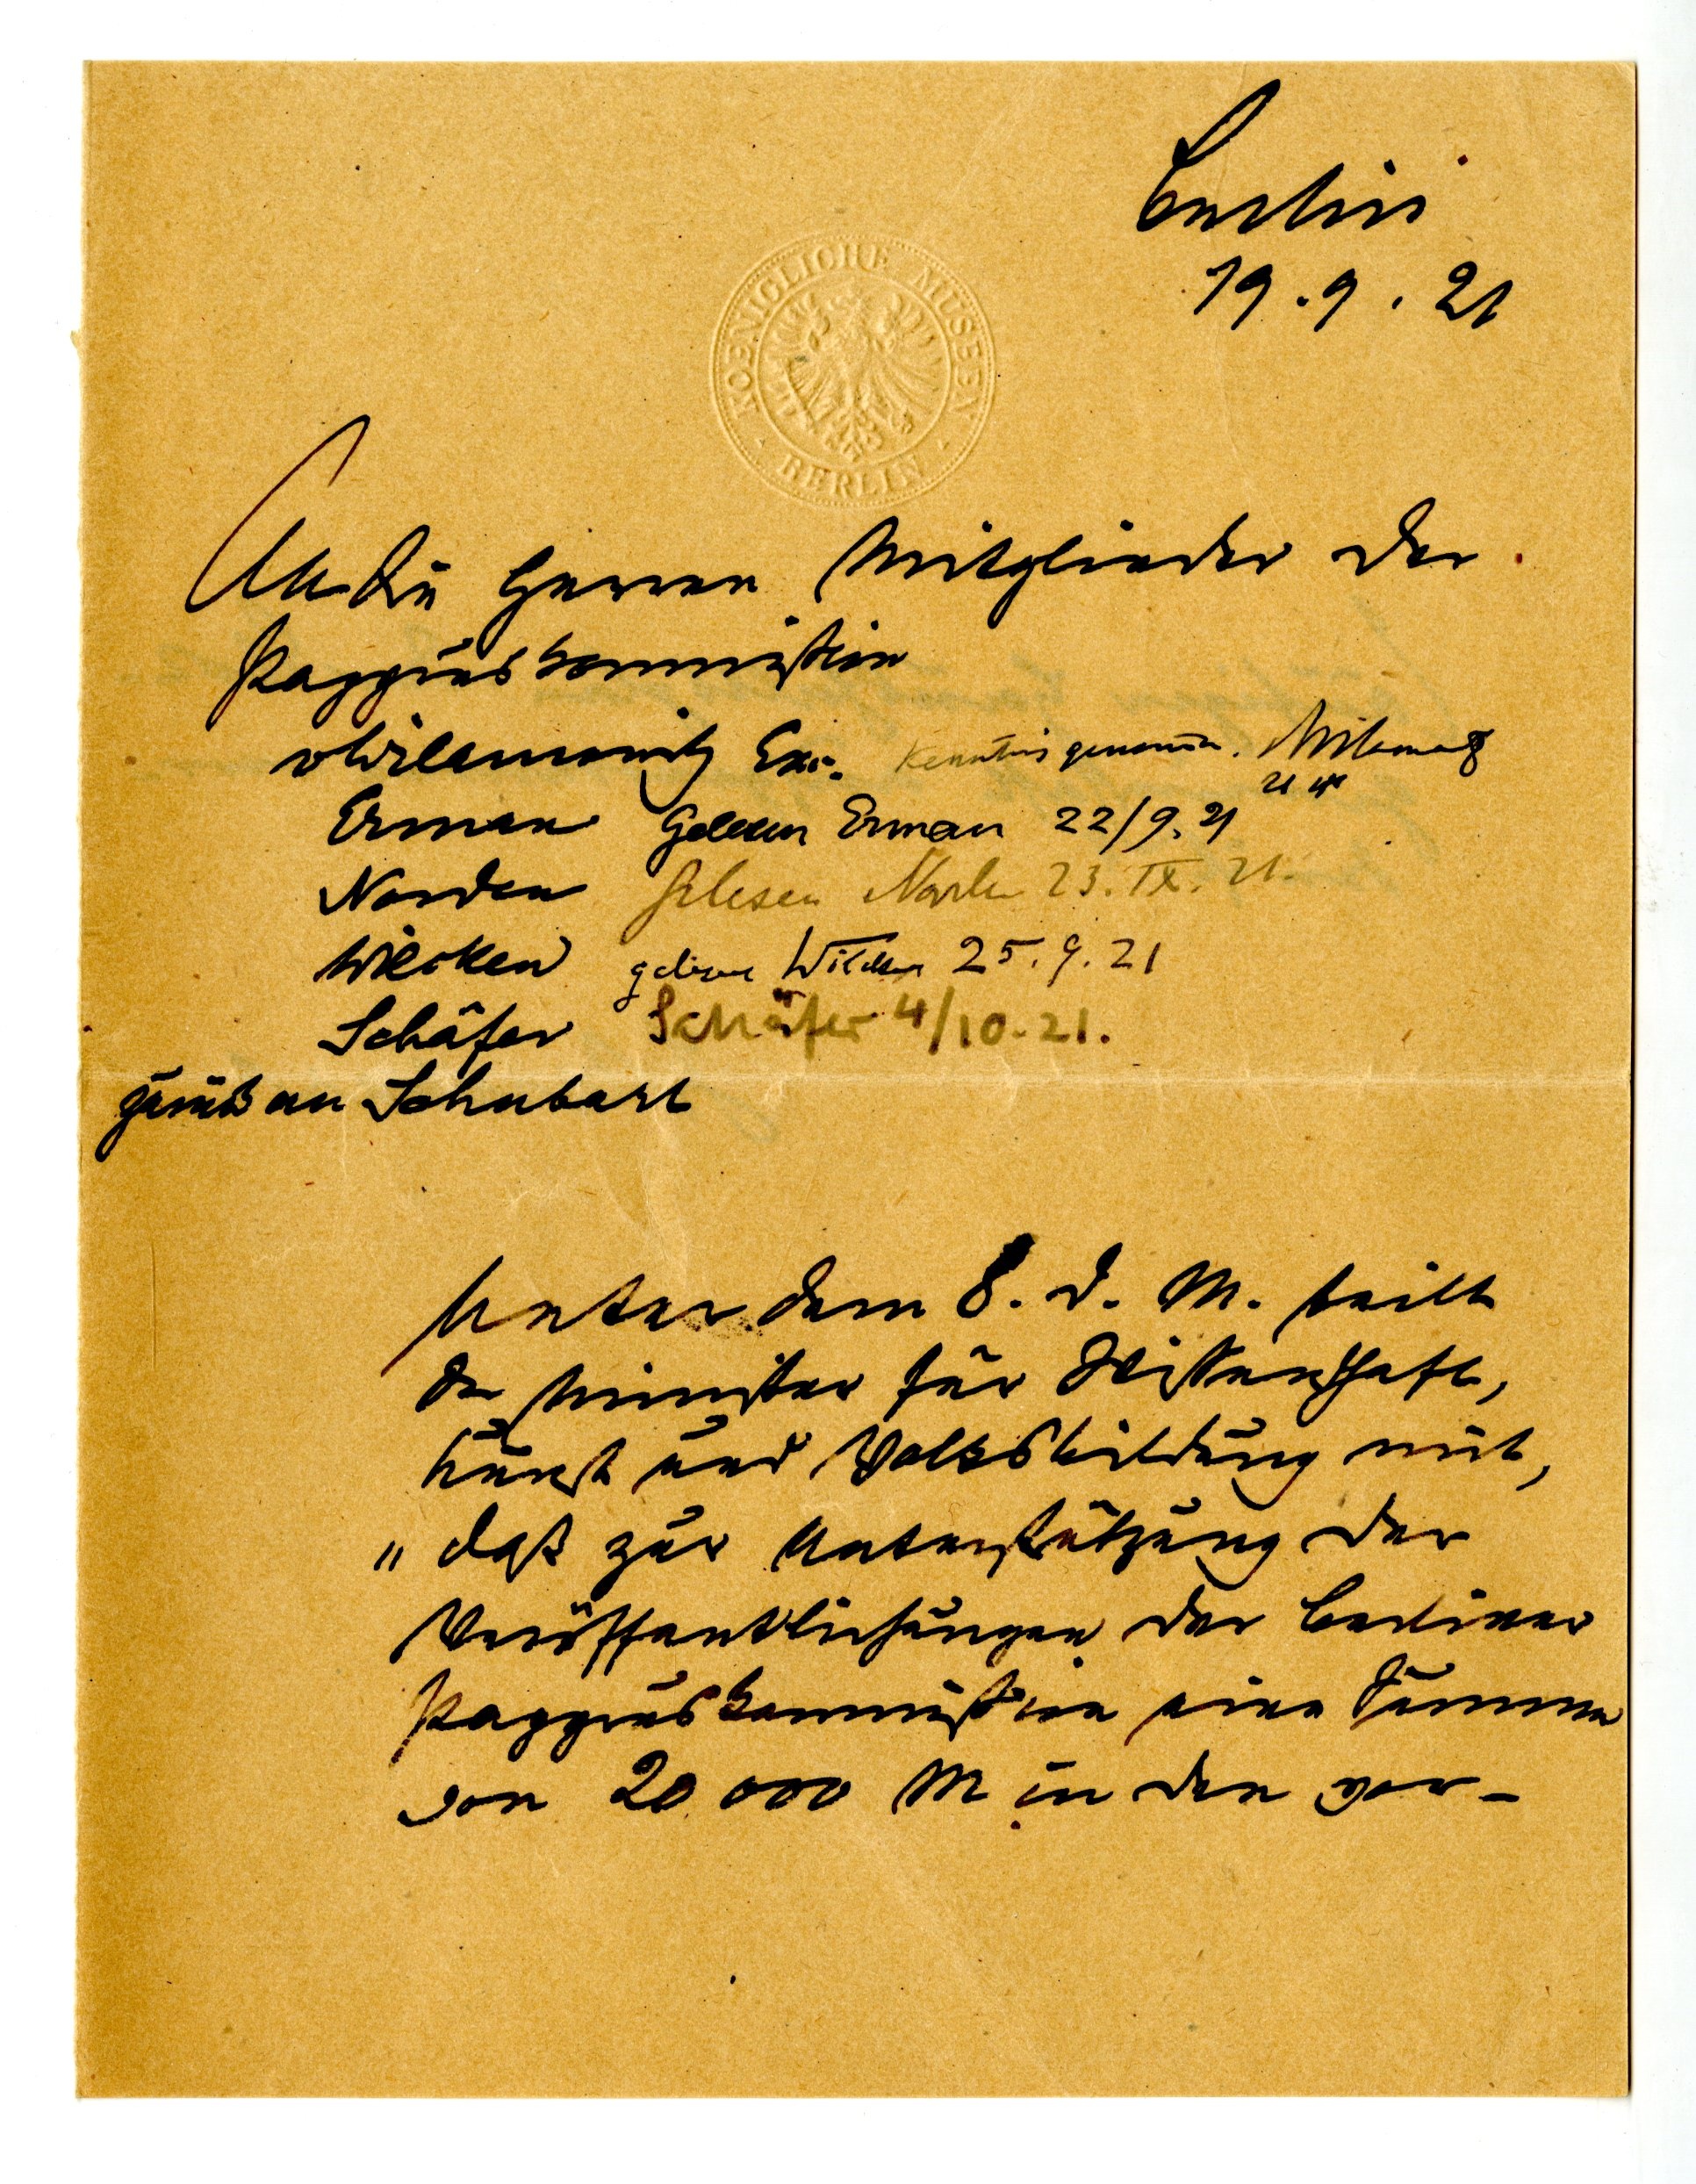
Berlin
19.9.21
An die Herren Mitglieder der
Papyruskommission
Wilamowitz Exc.

Erman
Norden
Wilcken
Schäfer
zurück an Schubart
Unter dem 8. d. M. teilt
der Minister für Wissenschaft,
Kunst und Volksbildung mit
"daß zur Unterstützung der
Veröffenltlichungen der berliner
Papyruskommission eine Summe
von 20000 M in den vor-